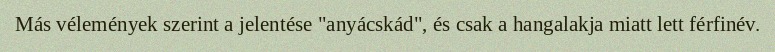
Más vélemények szerint a jelentése "anyácskád", és csak a hangalakja miatt lett férfinév.